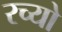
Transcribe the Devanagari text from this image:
रच्यो